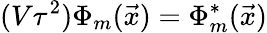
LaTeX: (V\tau^{2})\Phi_{m}({\vec{x}})=\Phi_{m}^{\ast}({\vec{x}})